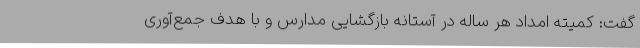
گفت: کمیته امداد هر ساله در آستانه بازگشایی مدارس و با هدف جمع‌آوری